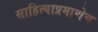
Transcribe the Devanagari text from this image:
साहित्याप्रमाणेच